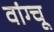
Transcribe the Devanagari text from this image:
वांग्चू